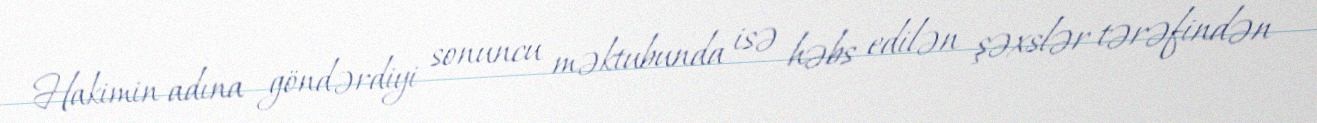
Hakimin adına göndərdiyi sonuncu məktubunda isə həbs edilən şəxslər tərəfindən